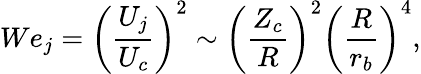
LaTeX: We_{j}=\left(\frac{U_{j}}{U_{c}}\right)^{2}\sim\left(\frac{Z_{c}}{R}\right)^{2}\left(\frac{R}{r_{b}}\right)^{4},